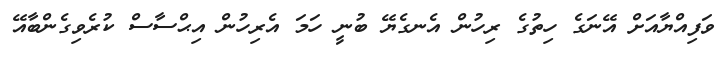
ވަފިއްޔާއަށް އޭނަގެ ހިތުގެ ރިހުން އެނގެޔޭ ބުނީ ހަމަ އެރިހުން އިޙްސާސް ކުރެވިގެންބާއޭ